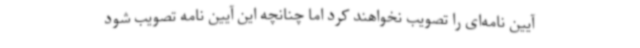
آیین نامه‌ای را تصویب نخواهند کرد اما چنانچه این آیین نامه تصویب شود